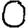
Digit: 0